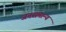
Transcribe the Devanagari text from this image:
जनसमान्य